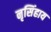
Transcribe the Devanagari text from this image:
नृसिंहाय